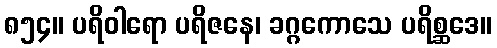
၈၅၄။ ပရိဝါရော ပရိဇနေ၊ ခဂ္ဂကောသေ ပရိစ္ဆဒေ။